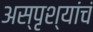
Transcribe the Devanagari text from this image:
अस्पृश्यांचं